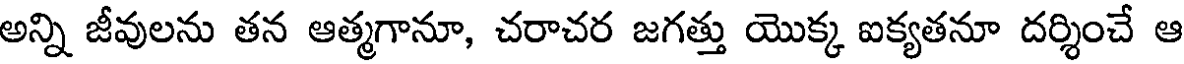
అన్ని జీవులను తన ఆత్మగానూ, చరాచర జగత్తు యొక్క ఐక్యతనూ దర్శించే ఆ